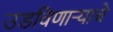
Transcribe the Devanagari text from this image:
उडविणाऱ्याचे